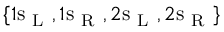
\{ 1 \mathrm { s } _ { \mathrm { ~ L ~ } } , 1 \mathrm { s } _ { \mathrm { ~ R ~ } } , 2 \mathrm { s } _ { \mathrm { ~ L ~ } } , 2 \mathrm { s } _ { \mathrm { ~ R ~ } } \}